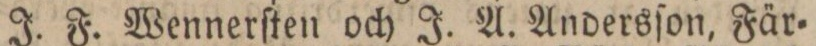
J. F. Wennerſten och J. A. Andersſon, Fär=